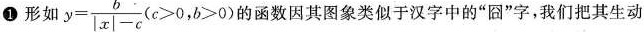
形如$$y = \frac { b } { \left | x \right | - c }$$,（$$c > 0$$，b > 0$$)的函数因其图象类似于汉字中的“囧”字，我们把其生动